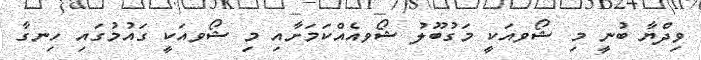
ވިދްޔާ ބުނީ މި ޝޯވއަކީ މަގުބޫލު ޝޯވއެއްކަމަށާއި މި ޝޯވއަކީ ގައުމުގައި ހިނގާ